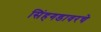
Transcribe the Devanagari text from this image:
सिंहगडावरचे